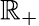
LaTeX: \mathbb{R}_{+}